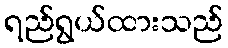
ရည်ရွယ်ထားသည်